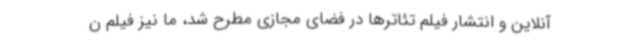
آنلاین و انتشار فیلم تئاترها در فضای مجازی مطرح شد، ما نیز فیلم ن